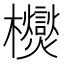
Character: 𭬿